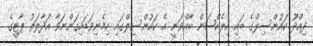
ދިއްދޫ ކައުންސިލްގެ ބައި އިލެކްޝަން ބާއްވަނީ އެ ކައުންސިލްގައި ހިމެނިވަޑައިގަންނަވާ އަދާލަތު ޕާޓީގެ